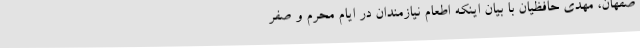
صفهان، مهدی حافظیان با بیان اینکه اطعام نیازمندان در ایام محرم و صفر